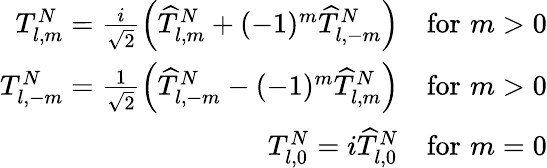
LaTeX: \begin{array}{r}{T_{l,m}^{N}=\frac{i}{\sqrt{2}}\left(\widehat{T}_{l,m}^{N}+(-1)^{m}\widehat{T}_{l,-m}^{N}\right)\quad\mathrm{for}\, \, m>0}\\ {T_{l,-m}^{N}=\frac{1}{\sqrt{2}}\left(\widehat{T}_{l,-m}^{N}-(-1)^{m}\widehat{T}_{l,m}^{N}\right)\quad\mathrm{for}\, \, m>0}\\ {T_{l,0}^{N}=i\widehat{T}_{l,0}^{N}\quad\mathrm{for}\, \, m=0}\end{array}